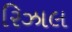
રિઝાલ